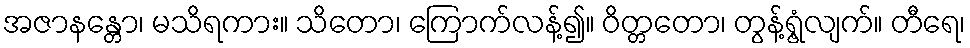
အဇာနန္တော၊ မသိရကား။ သိတော၊ ကြောက်လန့်၍။ ဝိတ္တတော၊ တွန့်ရွံ့လျက်။ တီရေ၊